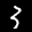
Label: 3